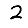
Digit: 2